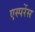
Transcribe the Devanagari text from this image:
एस्परेंस